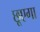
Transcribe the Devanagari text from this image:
छूएगा